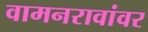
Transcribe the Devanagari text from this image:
वामनरावांवर